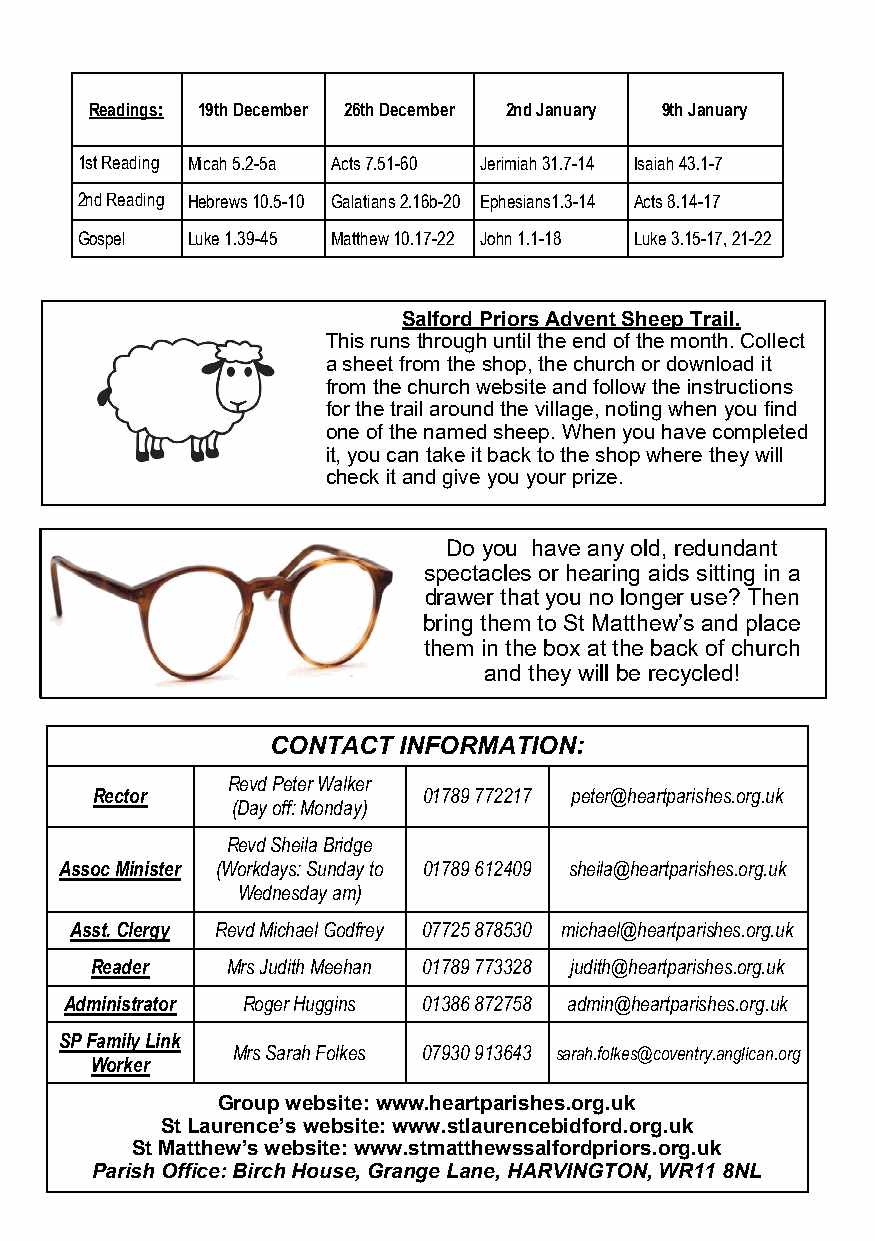
Readings: 19th December 26th December 2nd January 9th January
 1st Reading Micah 5.2-5a Acts 7.51-60 Jerimiah 31.7-14 Isaiah 43.1-7
 2nd Reading Hebrews 10.5-10 Galatians 2.16b-20 Ephesians1.3-14 Acts 8.14-17
 Gospel Luke 1.39-45 Matthew 10.17-22 John 1.1-18 Luke 3.15-17, 21-22
 Salford Priors Advent Sheep Trail.
 This runs through until the end of the month. Collect
 a sheet from the shop, the church or download it
 from the church website and follow the instructions
 for the trail around the village, noting when you find
 one of the named sheep. When you have completed
 it, you can take it back to the shop where they will
 check it and give you your prize.
 Do you have any old, redundant
 spectacles or hearing aids sitting in a
 drawer that you no longer use? Then
 bring them to St Matthew’s and place
 them in the box at the back of church
 and they will be recycled!
 CONTACT INFORMATION:
 Revd Peter Walker
 Rector                01789 772217 peter@heartparishes.org.uk
 (Day off: Monday)
 Revd Sheila Bridge
 Assoc Minister (Workdays: Sunday to 01789 612409 sheila@heartparishes.org.uk
 Wednesday am)
 Asst. Clergy Revd Michael Godfrey 07725 878530 michael@heartparishes.org.uk
 Reader   Mrs Judith Meehan 01789 773328 judith@heartparishes.org.uk
 Administrator Roger Huggins 01386 872758 admin@heartparishes.org.uk
 SP Family Link
 Mrs Sarah Folkes 07930 913643 sarah.folkes@coventry.anglican.org
 Worker
 Group website: www.heartparishes.org.uk
 St Laurence’s website: www.stlaurencebidford.org.uk
 St Matthew’s website: www.stmatthewssalfordpriors.org.uk
 Parish Office: Birch House, Grange Lane, HARVINGTON, WR11 8NL